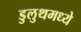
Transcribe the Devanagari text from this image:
डुलुथमध्ये